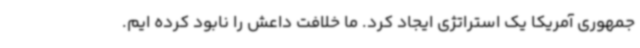
جمهوری آمریکا یک استراتژی ایجاد کرد. ما خلافت داعش را نابود کرده ایم.